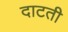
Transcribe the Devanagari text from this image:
दाटती